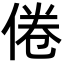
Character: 倦